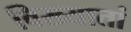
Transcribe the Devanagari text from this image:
विख्यातां